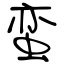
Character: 蛮